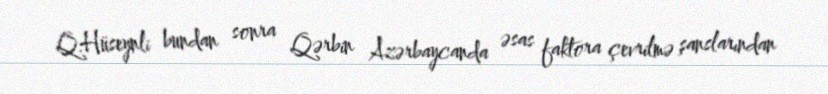
Q.Hüseynli bundan sonra Qərbin Azərbaycanda əsas faktora çevrilmə şanslarından